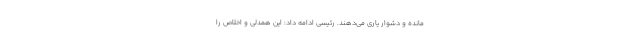
مانده و دشوار یاری می‌دهند. رئیسی ادامه داد: این همدلی و اخلاص را